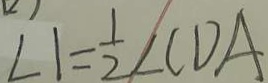
\angle 1 = \frac { 1 } { 2 } \angle C D A